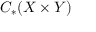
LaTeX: C _ { * } ( X \times Y )